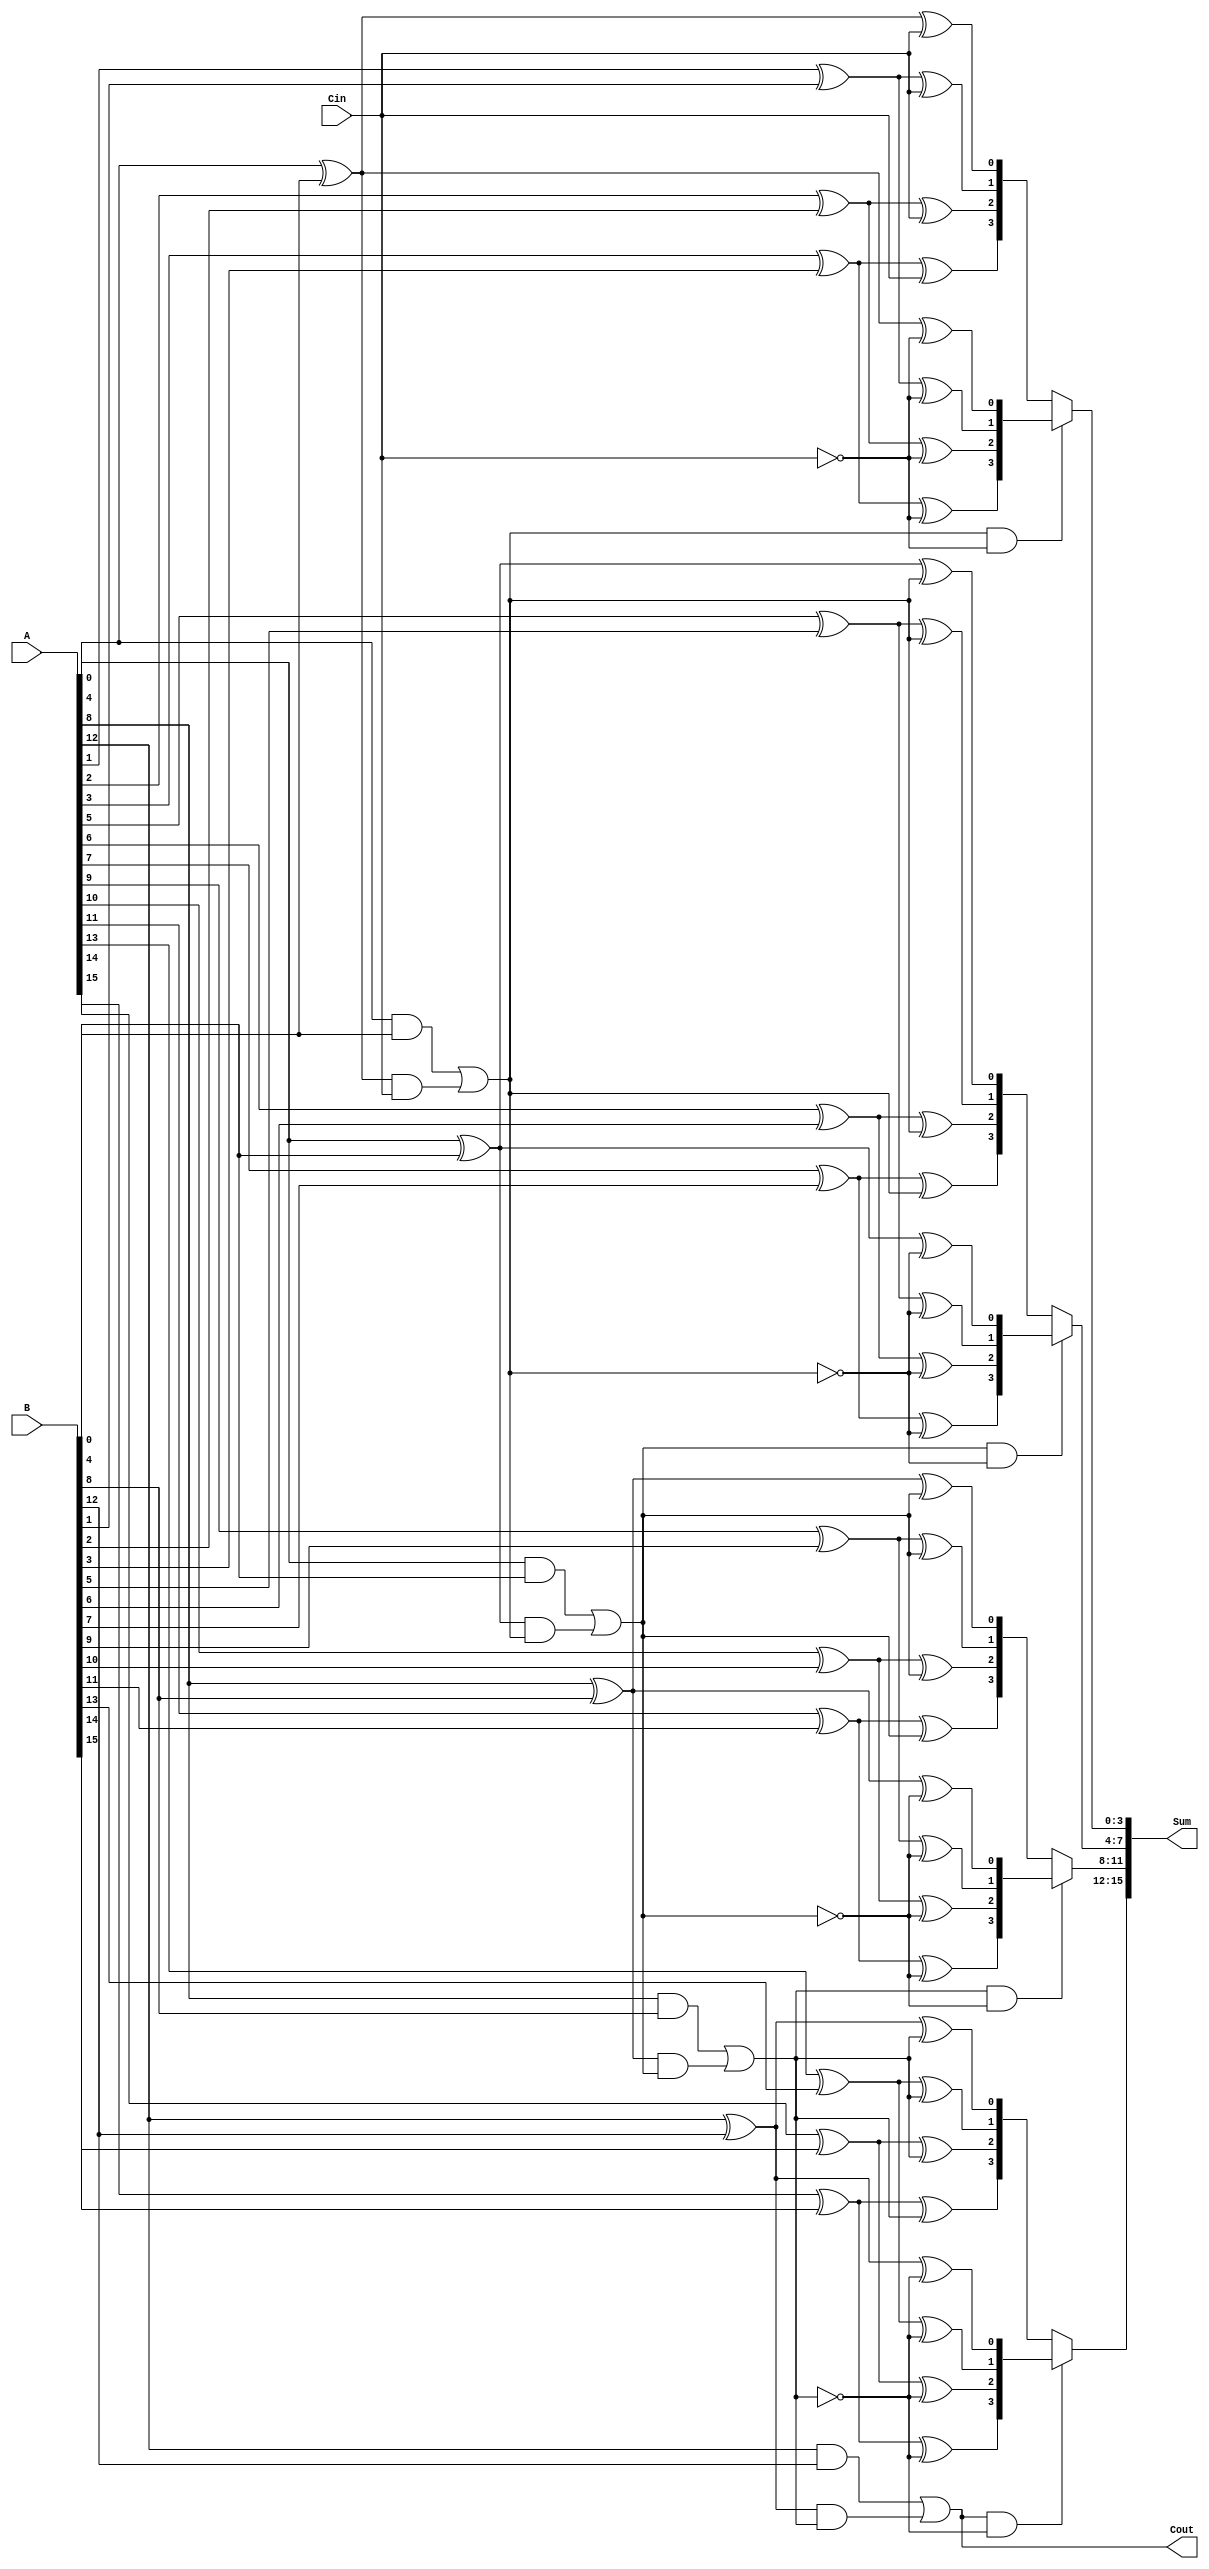
module CarrySelectAdder #(parameter N = 16) (
    input  [N-1:0] A,  // First operand
    input  [N-1:0] B,  // Second operand
    input         Cin,  // Carry-in
    output [N-1:0] Sum, // Sum output
    output        Cout  // Carry-out
);

    // Calculate number of segments
    localparam SEGMENT_SIZE = 4;
    localparam NUM_SEGMENTS = N / SEGMENT_SIZE;

    // Internal signals
    wire [SEGMENT_SIZE-1:0] sum0 [0:NUM_SEGMENTS-1];
    wire [SEGMENT_SIZE-1:0] sum1 [0:NUM_SEGMENTS-1];
    wire cout0 [0:NUM_SEGMENTS-1];
    wire cout1 [0:NUM_SEGMENTS-1];
    wire final_cout [0:NUM_SEGMENTS-1];

    // Generate and Propagate signals
    wire g [0:NUM_SEGMENTS-1][0:SEGMENT_SIZE-1];
    wire p [0:NUM_SEGMENTS-1][0:SEGMENT_SIZE-1];

    genvar i, j;
    generate
        for (i = 0; i < NUM_SEGMENTS; i = i + 1) begin : segment
            for (j = 0; j < SEGMENT_SIZE; j = j + 1) begin : bit
                assign g[i][j] = A[i*SEGMENT_SIZE+j] & B[i*SEGMENT_SIZE+j]; // Generate
                assign p[i][j] = A[i*SEGMENT_SIZE+j] ^ B[i*SEGMENT_SIZE+j]; // Propagate
            end
        end
    endgenerate

    // Compute sums and carry outputs for each segment
    generate
        for (i = 0; i < NUM_SEGMENTS; i = i + 1) begin : adder_segment
            wire cin_segment0 = (i == 0) ? Cin : final_cout[i-1]; 
            wire cin_segment1 = !cin_segment0;

            wire cout_segment0 = g[i][0] | (p[i][0] & cin_segment0); // Carry-out for C-in = 0
            wire cout_segment1 = g[i][0] | (p[i][0] & cin_segment1); // Carry-out for C-in = 1

            assign cout0[i] = cout_segment0;
            assign cout1[i] = cout_segment1;

            // Compute sum for C-in = 0 and C-in = 1
            for (j = 0; j < SEGMENT_SIZE; j = j + 1) begin : sum_calculation
                assign sum0[i][j] = p[i][j] ^ cin_segment0; // Assuming C-in = 0
                assign sum1[i][j] = p[i][j] ^ cin_segment1; // Assuming C-in = 1
            end
            
            // Select sum using MUX based on Cin
            assign final_cout[i] = cout0[i]; // Carry out of the last bit
            assign Sum[i*SEGMENT_SIZE +: SEGMENT_SIZE] = (cout0[i] && cin_segment1) ? sum1[i] : sum0[i]; // MUX output
        end
    endgenerate

    // Final carry out
    assign Cout = cout0[NUM_SEGMENTS-1];

endmodule